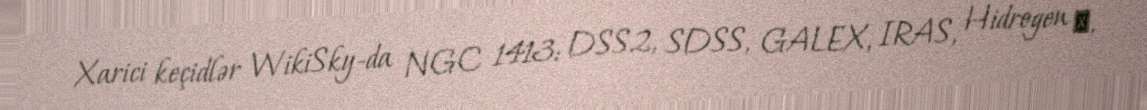
Xarici keçidlər WikiSky-da NGC 1413: DSS2, SDSS, GALEX, IRAS, Hidrogen α,